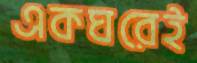
একঘরেই